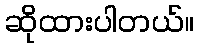
ဆိုထားပါတယ်။